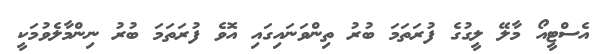
އެސްޓީއޯ މާލޭ ލީގުގެ ފުރަތަމަ ބުރު ތިންވަނައިގައި އޮވެ ފުރަތަމަ ބުރު ނިންމާލެވުމަކީ